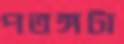
পতঙ্গটা